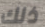
ذلك